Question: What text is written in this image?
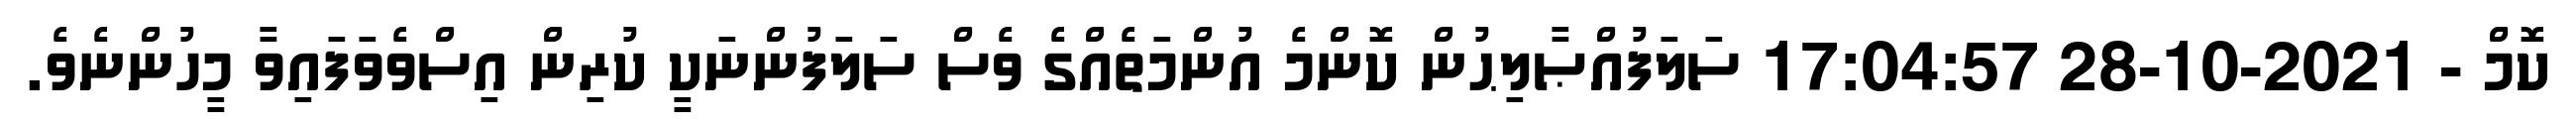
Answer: ކޮމް - 2021-10-28 17:04:57 ސަލަފުއްޞާލިޙުން ކޮންމެ އުންމަތެއްގެ ވެސް ސަލަފުންނަކީ ކުރިން އިސްވެވަފައިވާ މީހުންނެވެ.